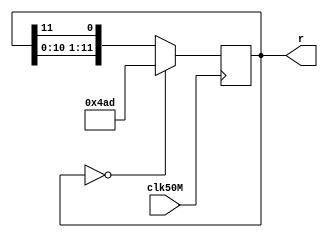
module LFSR12bit(clk50M,r);
	input clk50M;
	output reg [11:0]r;
	

	initial
	begin
		r = 12'b010010101101;
	end
	
	always@(posedge clk50M) begin
		if (r == 12'b000000000000)
		begin
			r[11:0] <= 12'b010010101101;
		end
		
		
		else 
		begin
		r[11] <= r[7] ^ r[6];
		r <= {r[10:0],r[11]};		
		end
	end
	

endmodule